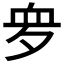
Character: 𧖪